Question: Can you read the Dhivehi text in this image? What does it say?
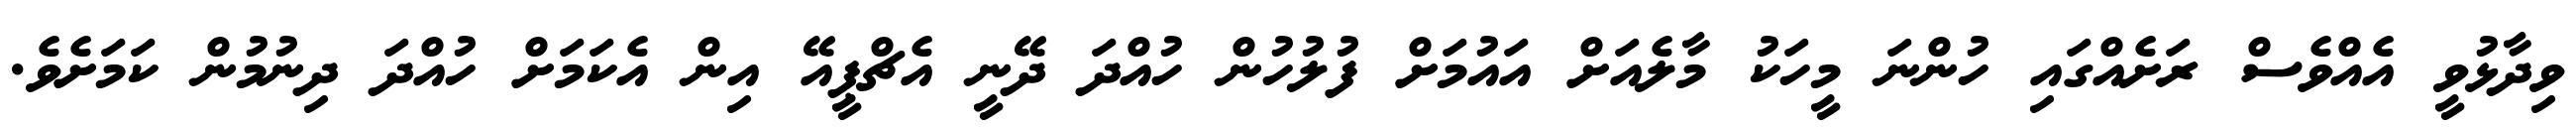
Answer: ވިދާޅުވީ އެއްވެސް ރަށެއްގައި ހުންނަ މީހަކު މާލެއަށް އައުމަށް ފުލުހުން ހުއްދަ ދޭނީ އެޗްޕީއޭ އިން އެކަމަށް ހުއްދަ ދިނުމުން ކަމަށެވެ.